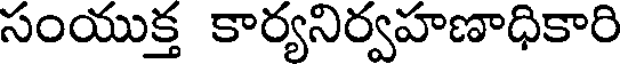
సంయుక్త కార్యనిర్వహణాధికారి